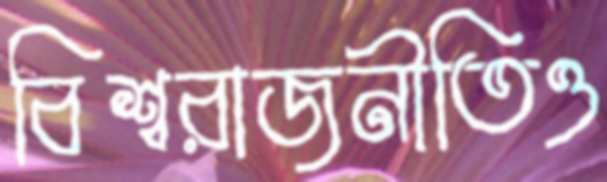
বিশ্বরাজনীতিও